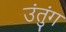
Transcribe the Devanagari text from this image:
उंतुंग